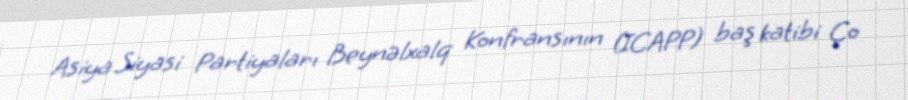
Asiya Siyasi Partiyaları Beynəlxalq Konfransının (ICAPP) baş katibi Ço